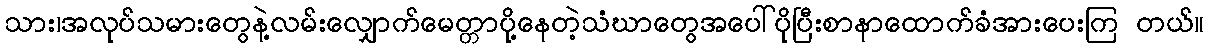
သား၊အလုပ်သမားတွေနဲ့လမ်းလျှောက်မေတ္တာပို့နေတဲ့သံဃာတွေအပေါ်ပိုပြီးစာနာထောက်ခံအားပေးကြ တယ်။